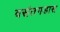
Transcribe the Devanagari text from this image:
वसंतगडास